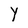
Character: y